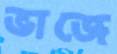
ভাজে